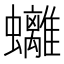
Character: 𧕮